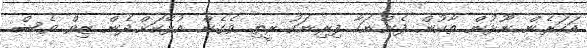
އަހަރެން ނޫޅުން ތާކުން ފެންނަހާ ފިރިނަކު ރީތި ވެގެން އުޅޭކަށް.ދެން ޒިވް ވެސް